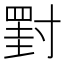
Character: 𡭀